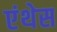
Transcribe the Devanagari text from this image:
एंथेस